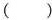
（ ）